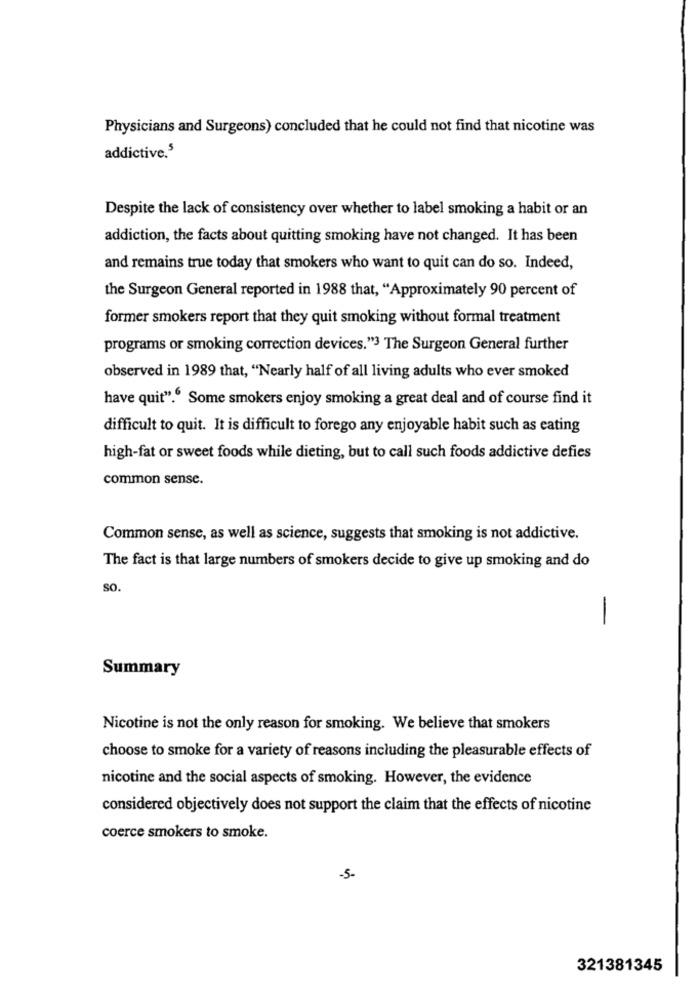
Physicians and Surgeons) concluded that he could not find that nicotine was
addictive.5
Despite the lack of consistency over whether to label smoking a habit or an
addiction, the facts about quitting smoking have not changed. It has been
and remains true today that smokers who want to quit can do so. Indeed,
the Surgeon General reported in 1988 that, "Approximately 90 percent of
former smokers report that they quit smoking without formal treatment
programs or smoking correction devices."3 The Surgeon General further
observed in 1989 that, "Nearly half of all living adults who ever smoked
have quit"." Some smokers enjoy smoking a great deal and of course find it
difficult to quit. It is difficult to forego any enjoyable habit such as eating
high-fat or sweet foods while dieting, but to call such foods addictive defies
common sense.
Common sense, as well as science, suggests that smoking is not addictive.
The fact is that large numbers of smokers decide to give up smoking and do
SO.
-
Summary
Nicotine is not the only reason for smoking. We believe that smokers
choose to smoke for a variety of reasons including the pleasurable effects of
nicotine and the social aspects of smoking. However, the evidence
considered objectively does not support the claim that the effects of nicotine
coerce smokers to smoke.
-5-
321381345